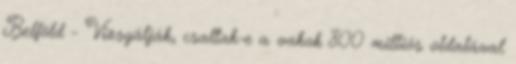
Belföld - Vizsgálják, csaltak-e a vakok 800 milliós oldalával